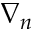
\nabla _ { n }